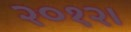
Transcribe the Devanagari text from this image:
२०१२।